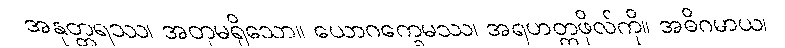
အနုတ္တရဿ၊ အတုမရှိသော။ ယောဂက္ခေမဿ၊ အရဟတ္တဖိုလ်ကို။ အဓိဂမာယ၊